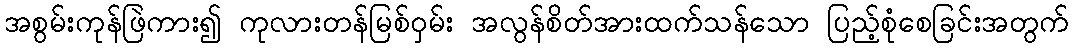
အစွမ်းကုန်ဖြဲကား၍ ကုလားတန်မြစ်ဝှမ်း အလွန်စိတ်အားထက်သန်သော ပြည့်စုံစေခြင်းအတွက်